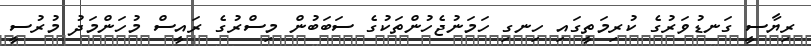
ރިޔާސީ ގަނޑުވަރުގެ ކުރިމަތީގައި ހިނގި ހަމަނުޖެހުންތަކުގެ ސަބަބުން މިސްރުގެ ރައީސް މުހަންމަދު މުރުސީ